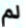
لم